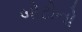
બોટોનો